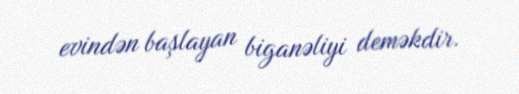
evindən başlayan biganəliyi deməkdir.